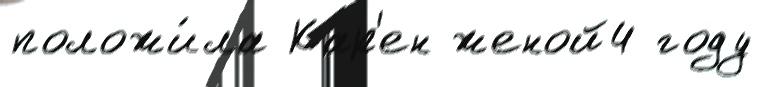
положи́ла Кар'ен женой4 году